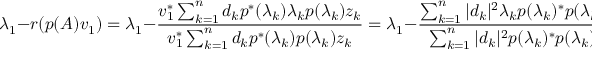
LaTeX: \lambda _ { 1 } - r ( p ( A ) v _ { 1 } ) = \lambda _ { 1 } - { \frac { v _ { 1 } ^ { * } \sum _ { k = 1 } ^ { n } d _ { k } p ^ { * } ( \lambda _ { k } ) \lambda _ { k } p ( \lambda _ { k } ) z _ { k } } { v _ { 1 } ^ { * } \sum _ { k = 1 } ^ { n } d _ { k } p ^ { * } ( \lambda _ { k } ) p ( \lambda _ { k } ) z _ { k } } } = \lambda _ { 1 } - { \frac { \sum _ { k = 1 } ^ { n } | d _ { k } | ^ { 2 } \lambda _ { k } p ( \lambda _ { k } ) ^ { * } p ( \lambda _ { k } ) } { \sum _ { k = 1 } ^ { n } | d _ { k } | ^ { 2 } p ( \lambda _ { k } ) ^ { * } p ( \lambda _ { k } ) } } = { \frac { \sum _ { k = 1 } ^ { n } | d _ { k } | ^ { 2 } ( \lambda _ { 1 } - \lambda _ { k } ) \left| p ( \lambda _ { k } ) \right| ^ { 2 } } { \sum _ { k = 1 } ^ { n } | d _ { k } | ^ { 2 } \left| p ( \lambda _ { k } ) \right| ^ { 2 } } } .